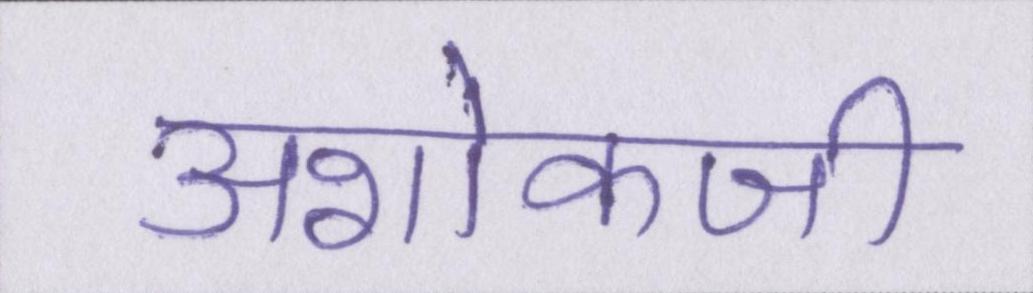
अशोकजी